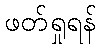
ဖတ်ရှုရန်